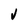
Character: v